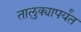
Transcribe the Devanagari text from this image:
तालुक्यापर्यंत